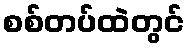
စစ်တပ်ထဲတွင်